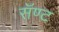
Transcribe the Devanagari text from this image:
सॅण्ट